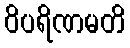
ဝိပရိဏမတိ